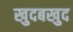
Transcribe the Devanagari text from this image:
खुदबखुद